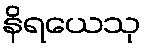
နိရယေသု